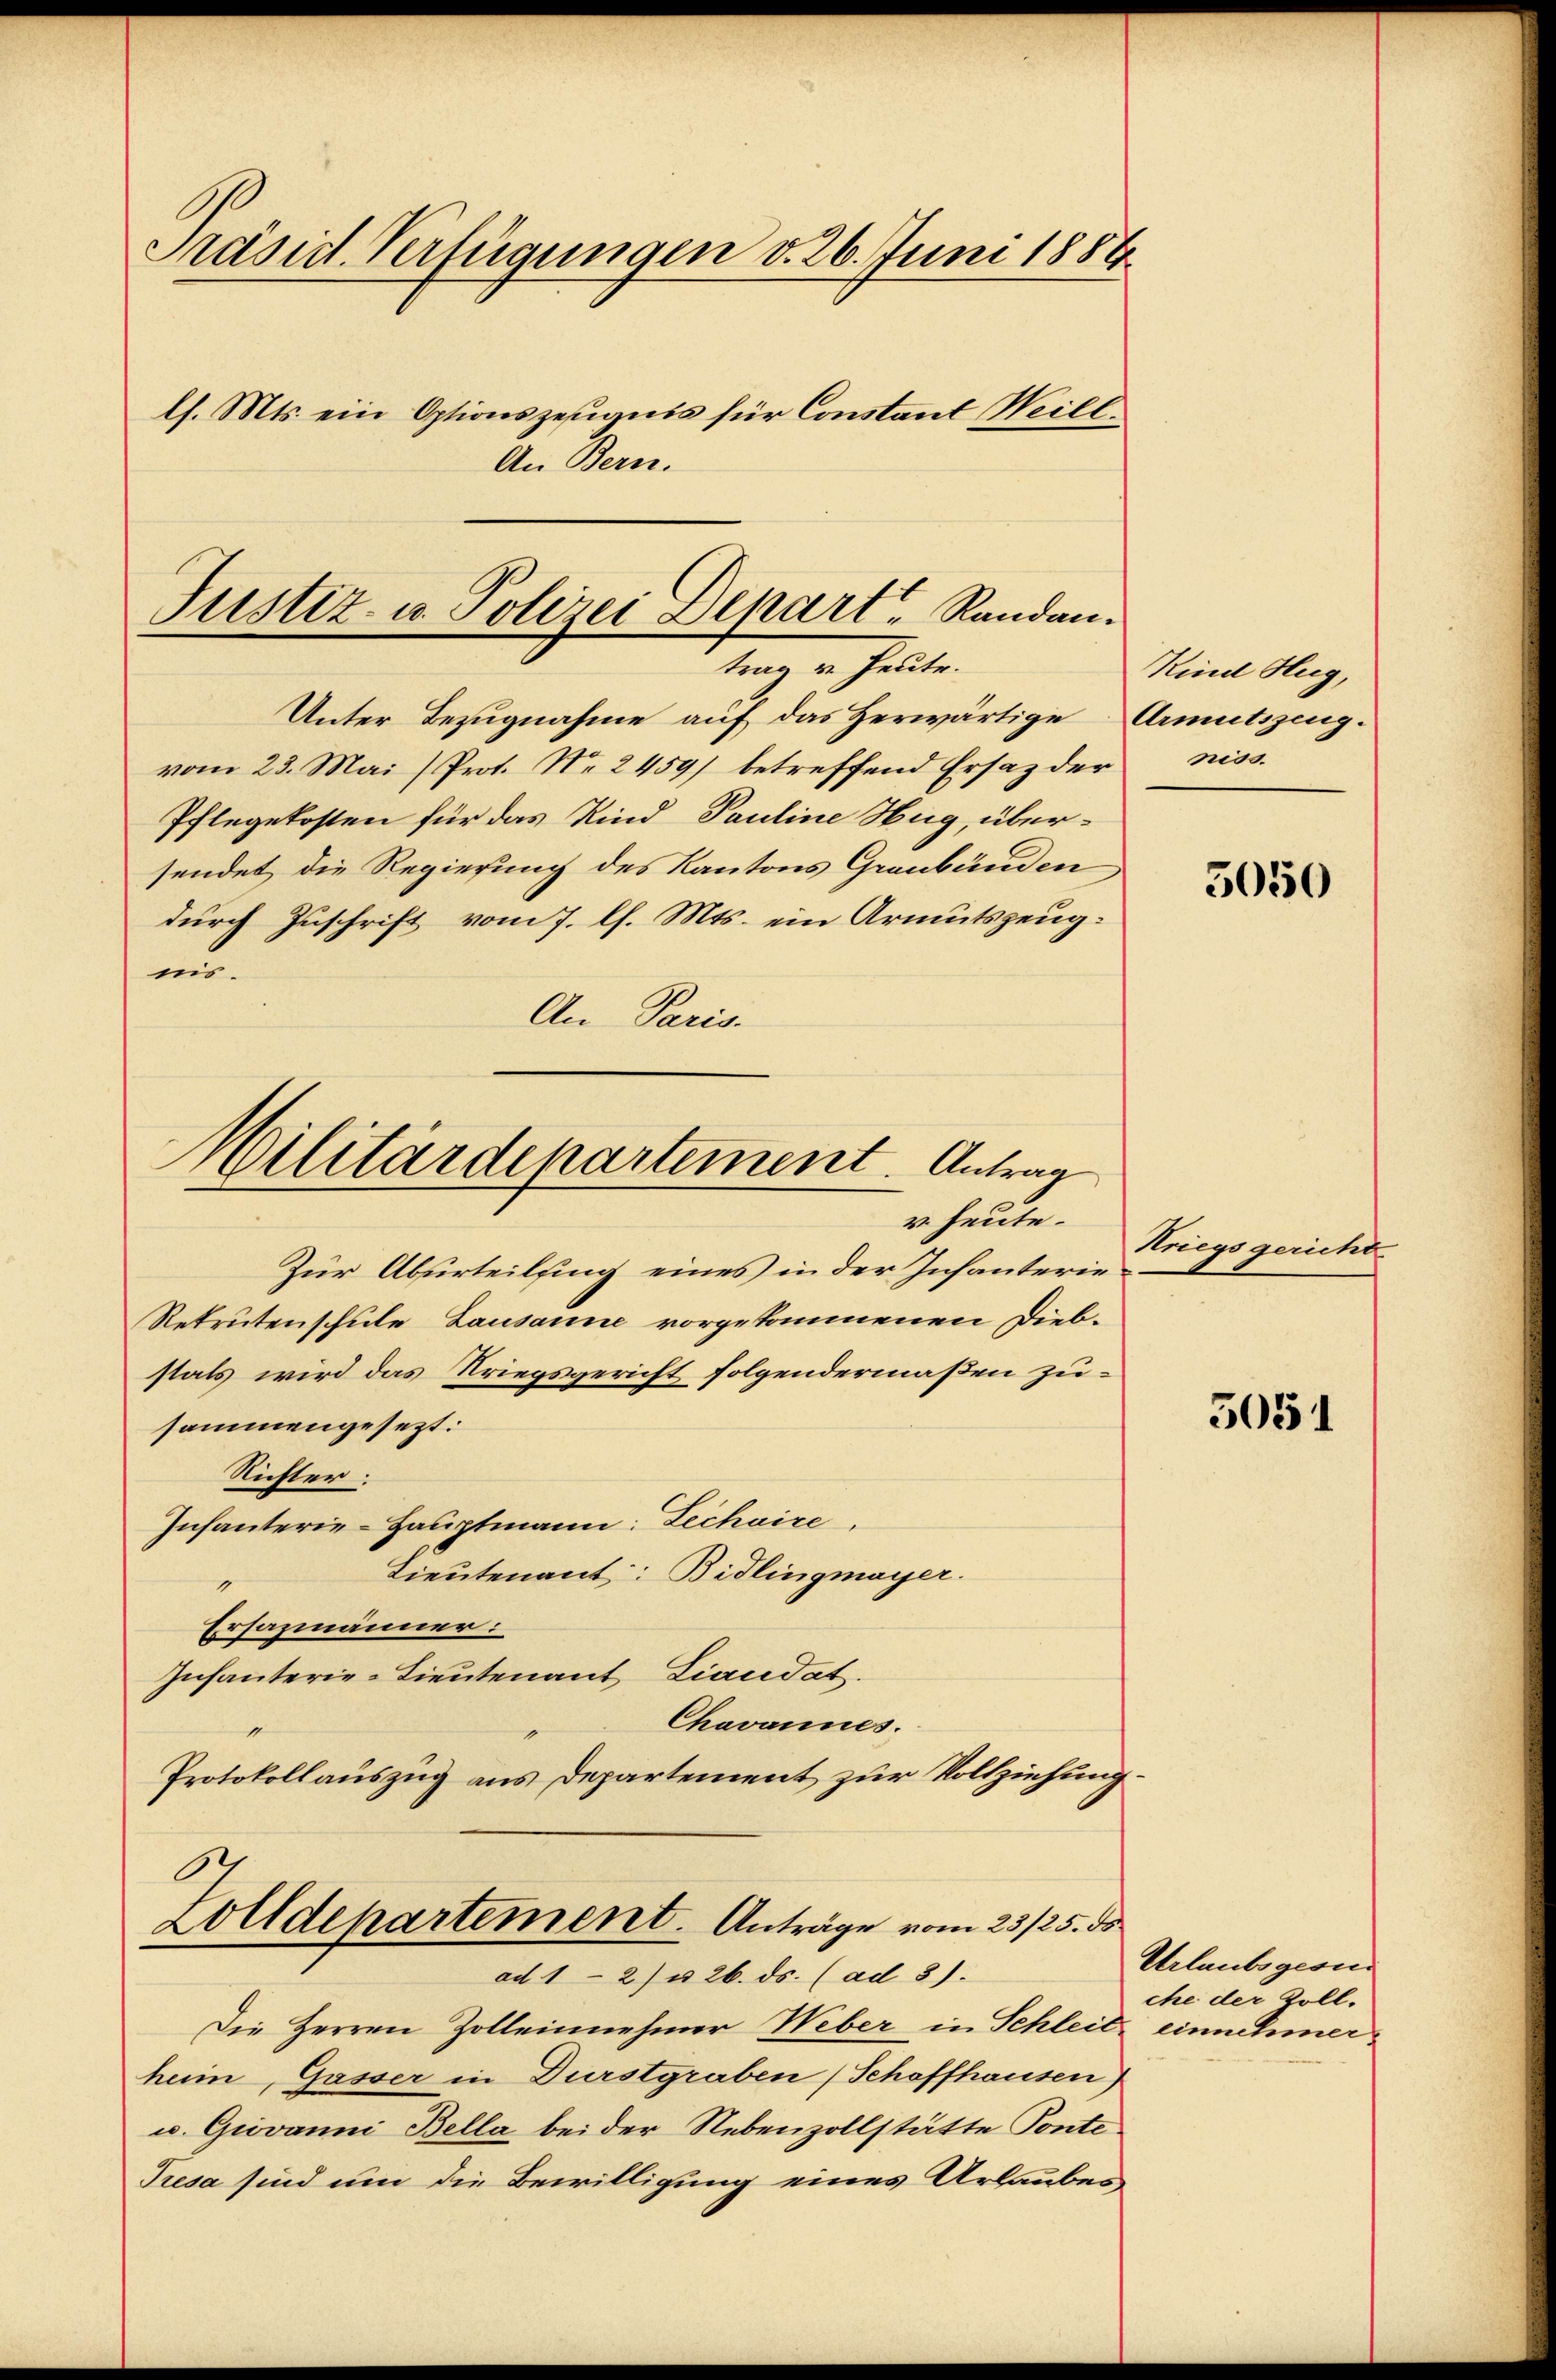
Präsid. Verfügungen v. 26. Juni 1889
l. Mts. ein Optionszeugnis für Constant Weilt.
An Bern.

Justiz- u. Polizei Depart Randantung er heute.

Unter Bezugnahme auf das herwärtige Armutszeugvom 23. Mai (Prot. Nr. 2459) betreffend Ersatz derniss.
Pflegekosten für das Kind Pauline Hug, übersendet die Regierung des Kantons Graubünden
durch Zuschrift vom 7. l. Mts. ein Armutszeugmö¬
An Paris.

Militärdepartement. Antrag
v. heute.

Zur Absurteilsing eines in der Infanterie¬
Rekrutenschule Lausanne vorgekommenen Diebstals wird das Kriegsgericht folgendermaßen zusammengesezt:
Richter.
Infanterie-Hauptmann: Lechaire,
Lieutenant: Bidlingmayer.
Ersazmänner:
Infanterie-Lieutenant Liaudat.
Chavannes.
1
Protokollauszug aus Departement zur Vollziehung.
.

Zolldepartement. Anträge vom 23/25. ds.
ad 1 - 2) u. 26. ds. (ad 3).

Die Herren Zolleinnehmer Weber in Schleit
heim, Gasser in Durstgraben (Schaffhausen)
u. Giovanni Bella bei der Nebenzollstätte Ponte
Presa sind um die Bewilligung eines Urlaubes¬

Kind Hug,

5050

Kriegsgericht

5051

Urlaubsgesun
che der Zoll-
einnehmer¬